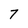
Character: 7